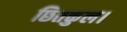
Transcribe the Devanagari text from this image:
छितकुल।